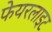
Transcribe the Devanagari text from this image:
फेयरलाइट